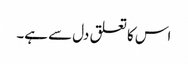
اس کا تعلق دل سے ہے۔